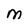
Character: M